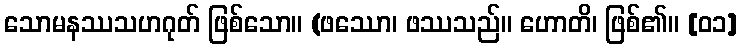
သောမနဿသဟဂုတ် ဖြစ်သော။ (ဖဿော၊ ဖဿသည်။ ဟောတိ၊ ဖြစ်၏။ [၀၁]